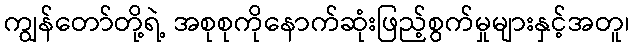
ကျွန်တော်တို့ရဲ့ အစုစုကိုနောက်ဆုံးဖြည့်စွက်မှုများနှင့်အတူ၊